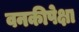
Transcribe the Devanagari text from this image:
वनकीपेक्षा